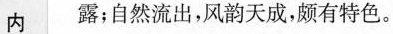
内露；自然流出，风韵天成，颇有特色。